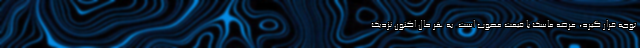
توجه قرار گیرد، عرضه ماسک با قیمت مصوب است. به هر حال اکنون نزدیک